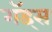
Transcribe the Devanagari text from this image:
गॅड्स